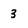
Character: 3